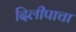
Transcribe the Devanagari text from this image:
दिलीपाचा